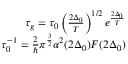
\begin{array} { r } { \tau _ { g } = \tau _ { 0 } \left( \frac { 2 \Delta _ { 0 } } { T } \right) ^ { 1 / 2 } e ^ { \frac { 2 \Delta _ { 0 } } { T } } } \\ { \tau _ { 0 } ^ { - 1 } = \frac { 2 } { \hbar } \pi ^ { \frac { 3 } { 2 } } \alpha ^ { 2 } ( 2 \Delta _ { 0 } ) F ( 2 \Delta _ { 0 } ) } \end{array}